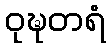
ဝုဍ္ဎတရံ